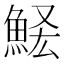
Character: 𩷃